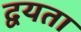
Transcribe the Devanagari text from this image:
द्वयता